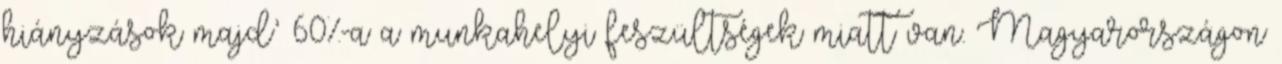
hiányzások majd’ 60%-a a munkahelyi feszültségek miatt van. Magyarországon